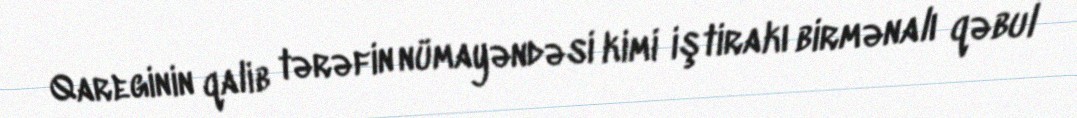
Qareginin qalib tərəfin nümayəndəsi kimi iştirakı birmənalı qəbul